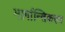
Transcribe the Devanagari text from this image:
मार्गान्तिकरण